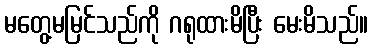
မတွေ့မမြင်သည်ကို ဂရုထားမိပြီး မေးမိသည်။